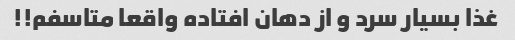
غذا بسیار سرد و از دهان افتاده واقعا متاسفم!!